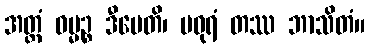
အတ္ထံ ဓမ္မဉ္စ ဒီပေတိ၊ မဓုရံ တဿ ဘာသိတံ။